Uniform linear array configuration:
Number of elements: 48
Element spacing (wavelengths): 0.5
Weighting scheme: hann
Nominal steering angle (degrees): -15
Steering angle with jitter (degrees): -14.536
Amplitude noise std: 0.05
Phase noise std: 0.05

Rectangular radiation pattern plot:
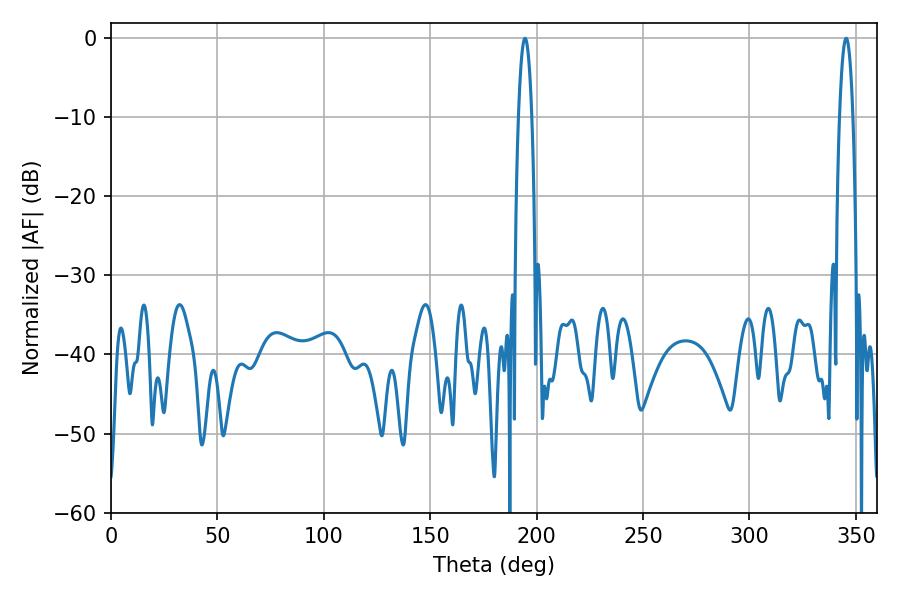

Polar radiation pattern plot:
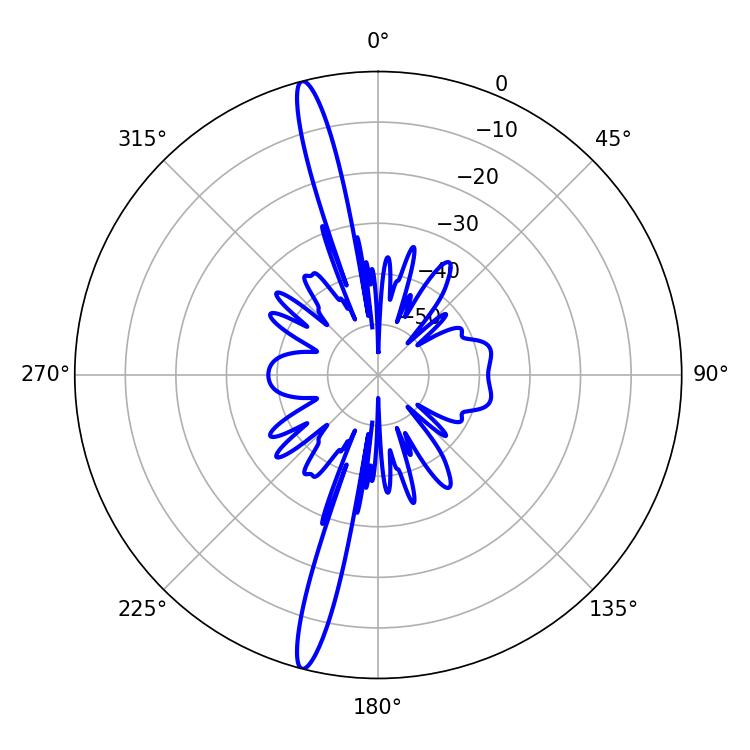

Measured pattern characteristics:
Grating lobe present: FALSE
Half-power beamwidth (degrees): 3.42
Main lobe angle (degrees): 345.42